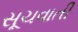
સૂચવાતી